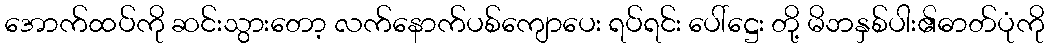
အောက်ထပ်ကို ဆင်းသွားတော့ လက်နောက်ပစ်ကျောပေး ရပ်ရင်း ပေါ်ဋ္ဌေး တို့ မိဘနှစ်ပါး၏ဓာတ်ပုံကို